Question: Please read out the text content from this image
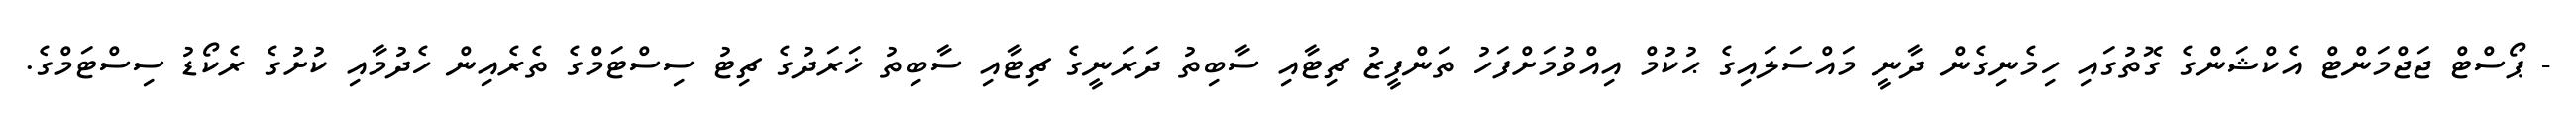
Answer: - ޕޯސްޓް ޖަޖްމަންޓް އެކްޝަންގެ ގޮތުގައި ހިމެނިގެން ދާނީ މައްސަލައިގެ ޙުކުމް އިއްވުމަށްފަހު ތަންފީޒު ޗިޓާއި ސާބިތު ދަރަނީގެ ޗިޓާއި ސާބިތު ޚަރަދުގެ ޗިޓު ސިސްޓަމްގެ ތެރެއިން ހެދުމާއި ކުށުގެ ރެކޯޑު ސިސްޓަމްގެ.